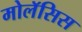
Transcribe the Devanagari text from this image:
मोलॅसिस